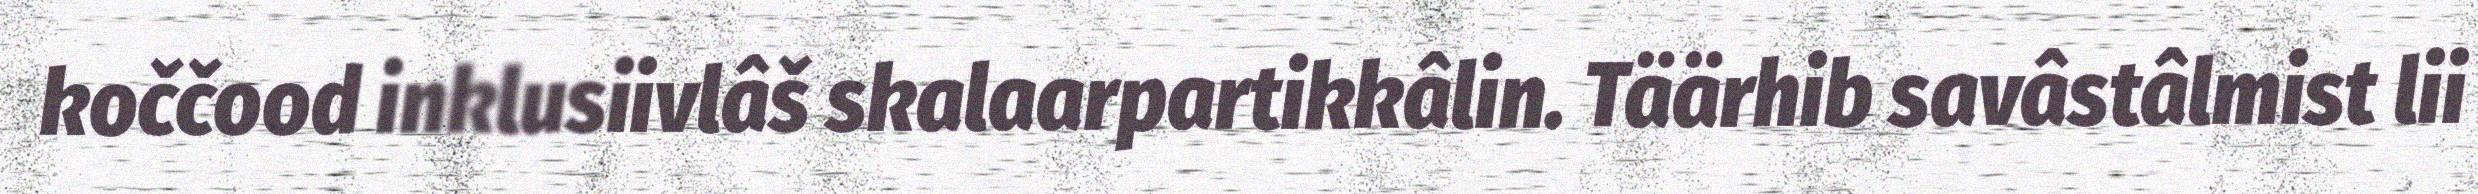
koččood inklusiivlâš skalaarpartikkâlin. Täärhib savâstâlmist lii